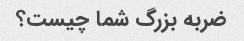
ضربه بزرگ شما چیست؟